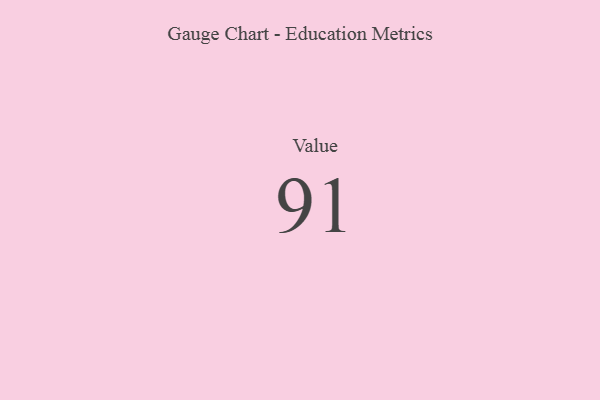
{"axis": {"x": "Metric", "y": "Value"}, "legend": [""], "data": [{"x": "Value", "y": 91, "type": ""}]}